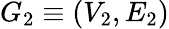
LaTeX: G_{2}\equiv(V_{2},E_{2})